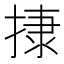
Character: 𢰬